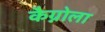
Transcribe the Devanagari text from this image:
कैग्नोला